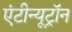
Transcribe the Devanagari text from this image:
एंटीन्यूट्रॉन